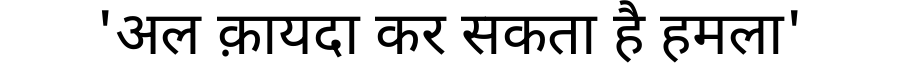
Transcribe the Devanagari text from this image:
'अल क़ायदा कर सकता है हमला'